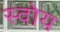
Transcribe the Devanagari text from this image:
स्वोय